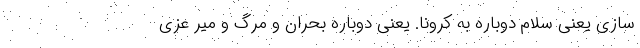
سازی یعنی سلام دوباره به کرونا. یعنی دوباره بحران و مرگ و میر عزی